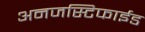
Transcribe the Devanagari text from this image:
अनजस्टिफाईड